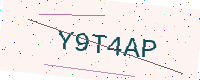
Text: Y9T4AP